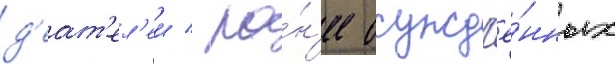
д'еат'ел'еи / ра́н'ее осужд'ё́нных